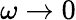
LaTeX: \omega\rightarrow 0